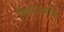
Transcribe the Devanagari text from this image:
किया।मार्टिन